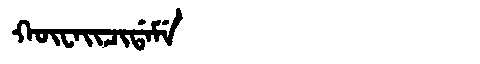
Manchu: ᡴᡡᠸᠠᡳᠴᡳᡩᠠᠮᡝ
Romanization: KŪWAICIDAME